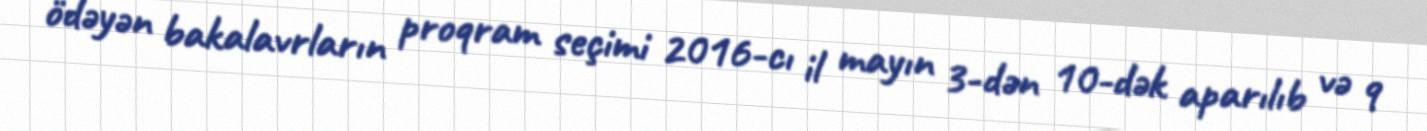
ödəyən bakalavrların proqram seçimi 2016-cı il mayın 3-dən 10-dək aparılıb və 9